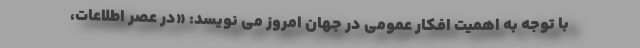
با توجه به اهمیت افکار عمومی در جهان امروز می نویسد: «در عصر اطلاعات،